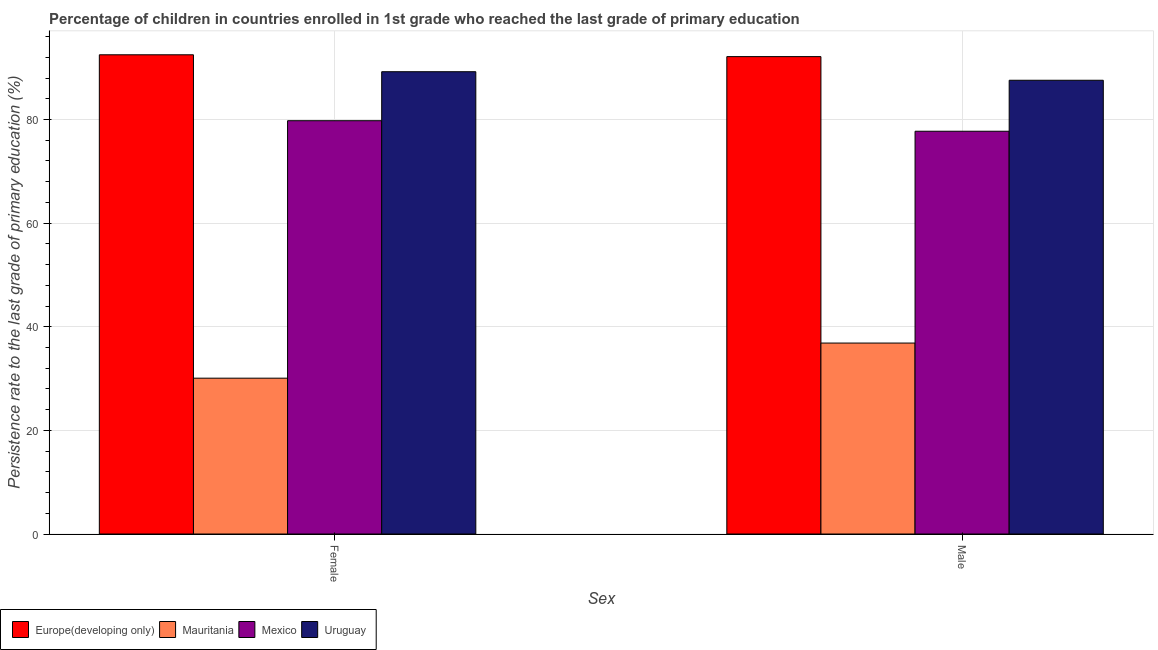
| Sex | Europe(developing only) | Mauritania | Mexico | Uruguay |
 | --- | --- | --- | --- | --- |
 | Female | 92.5 | 30.1 | 79.8 | 89.2 |
 | Male | 92.1 | 36.9 | 77.7 | 87.6 |